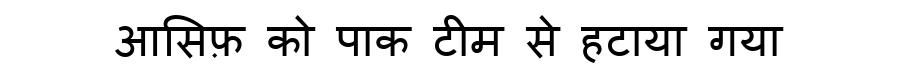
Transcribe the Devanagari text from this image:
आसिफ़ को पाक टीम से हटाया गया